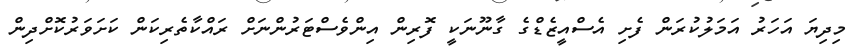
މިދިޔަ އަހަރު އަމަލުކުރަން ފެށި އެސްއީޒެޑްގެ ގާނޫނަކީ ފޮރިން އިންވެސްޓަރުންނަށް ރައްކާތެރިކަން ކަށަވަރުކޮށްދިން